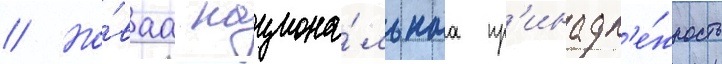
// Но́ваа национа́льнаа пр'инадл'е́жность